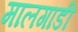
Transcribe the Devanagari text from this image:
मालगाडी